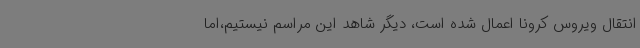
انتقال ویروس کرونا اعمال شده است، دیگر شاهد این مراسم نیستیم،اما